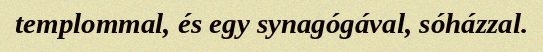
templommal, és egy synagógával, sóházzal.